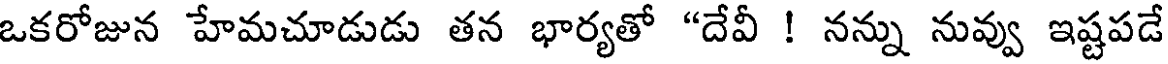
ఒకరోజున హేమచూడుడు తన భార్యతో "దేవీ ! నన్ను నువ్వు ఇష్టపడే